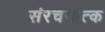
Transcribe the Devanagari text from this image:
संरचनात्क